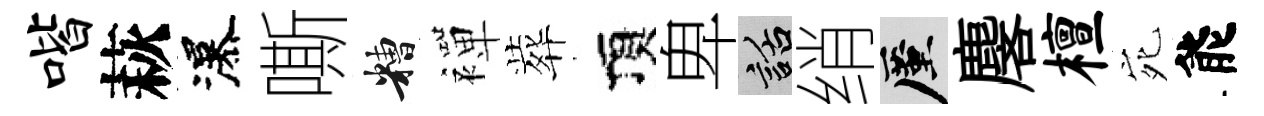
喈萩瀑嘶糟襌葬頂卑話绡厪麐檀宛能